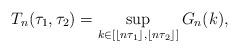
LaTeX: \begin{align*}T_n(\tau_1, \tau_2)=\sup_{k\in \left[\lfloor n\tau_1\rfloor, \lfloor n\tau_2\rfloor\right]}G_n(k), \end{align*}